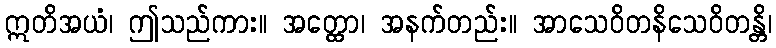
ဣတိအယံ၊ ဤသည်ကား။ အတ္ထော၊ အနက်တည်း။ အာသေဝိတနိသေဝိတန္တိ၊